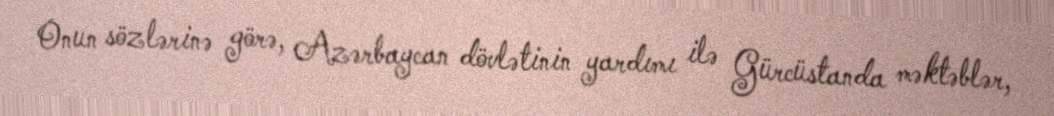
Onun sözlərinə görə, Azərbaycan dövlətinin yardımı ilə Gürcüstanda məktəblər,